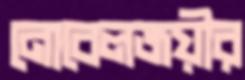
নোবেলজয়ীর